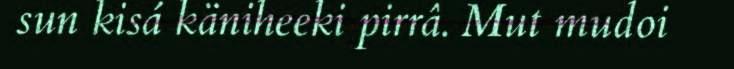
sun kisá käniheeki pirrâ. Mut mudoi